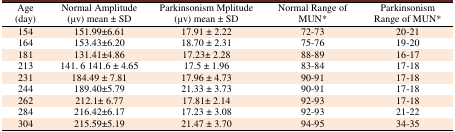
| Age(day) | Normal Amplitude(μv) mean ± SD | Parkinsonism Mplitude(μv) mean ± SD | Normal Range ofMUN* | Parkinsonism Range of MUN* |
 | --- | --- | --- | --- | --- |
 | 154 | 151.99±6.61 | 17.91 ± 2.22 | 72-73 | 20-21 |
 | 164 | 153.43±6.20 | 18.70 ± 2.31 | 75-76 | 19-20 |
 | 181 | 131.41±4.86 | 17.23± 2.28 | 88-89 | 16-17 |
 | 213 | 141. 6 141.6 ± 4.65 | 17.5 ± 1.96 | 83-84 | 17-18 |
 | 231 | 184.49 ± 7.81 | 17.96 ± 4.73 | 90-91 | 17-18 |
 | 244 | 189.40±5.79 | 21.33 ± 3.73 | 90-91 | 17-18 |
 | 262 | 212.1± 6.77 | 17.81± 2.14 | 92-93 | 17-18 |
 | 284 | 216.42±6.17 | 17.23 ± 3.08 | 92-93 | 21-22 |
 | 304 | 215.59±5.19 | 21.47 ± 3.70 | 94-95 | 34-35 |